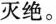
灭绝。